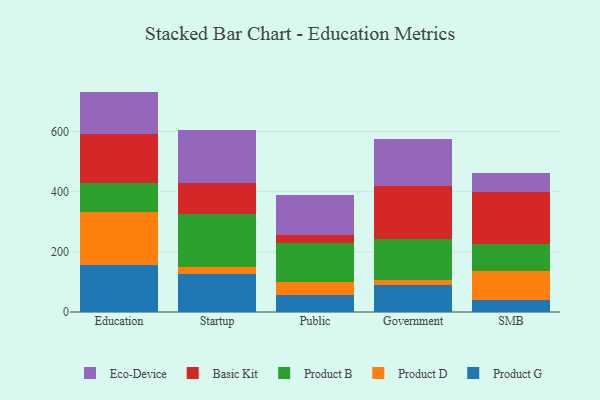
{"axis": {"x": "Segment", "y": "Churn Rate (%)"}, "legend": ["Basic Kit", "Eco-Device", "Product B", "Product D", "Product G"], "data": [{"x": "Education", "y": 155.4, "type": "Product G"}, {"x": "Education", "y": 177.2, "type": "Product D"}, {"x": "Education", "y": 94.9, "type": "Product B"}, {"x": "Education", "y": 165.4, "type": "Basic Kit"}, {"x": "Education", "y": 139.8, "type": "Eco-Device"}, {"x": "Startup", "y": 126.4, "type": "Product G"}, {"x": "Startup", "y": 24.1, "type": "Product D"}, {"x": "Startup", "y": 176.4, "type": "Product B"}, {"x": "Startup", "y": 101.9, "type": "Basic Kit"}, {"x": "Startup", "y": 177.6, "type": "Eco-Device"}, {"x": "Public", "y": 55.8, "type": "Product G"}, {"x": "Public", "y": 43.2, "type": "Product D"}, {"x": "Public", "y": 130.9, "type": "Product B"}, {"x": "Public", "y": 27.2, "type": "Basic Kit"}, {"x": "Public", "y": 132.8, "type": "Eco-Device"}, {"x": "Government", "y": 90.1, "type": "Product G"}, {"x": "Government", "y": 16.5, "type": "Product D"}, {"x": "Government", "y": 134.6, "type": "Product B"}, {"x": "Government", "y": 179.2, "type": "Basic Kit"}, {"x": "Government", "y": 155.8, "type": "Eco-Device"}, {"x": "SMB", "y": 40.5, "type": "Product G"}, {"x": "SMB", "y": 96.6, "type": "Product D"}, {"x": "SMB", "y": 88.3, "type": "Product B"}, {"x": "SMB", "y": 173.4, "type": "Basic Kit"}, {"x": "SMB", "y": 63.1, "type": "Eco-Device"}]}